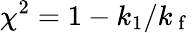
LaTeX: \chi^{2}=1-k_{1}/k_{\mathrm{~f~}}